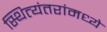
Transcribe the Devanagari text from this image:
स्थित्यंतरांमध्ये